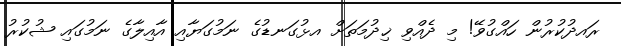
ރައދުކުރުން ހައްގުވޭ! މި ދެއްވި ޚިދުމަތަށް އޅުގަނޑުގެ ނަމުގަޔާއި އާއިލާގެ ނަމުގައި ޝުކުރު